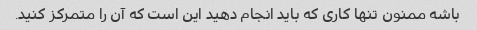
باشه ممنون تنها کاری که باید انجام دهید این است که آن را متمرکز کنید.